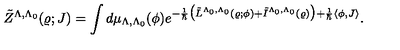
\tilde { Z } ^ { \Lambda , \Lambda _ { 0 } } ( \varrho ; J ) = \int d \mu _ { \Lambda , \Lambda _ { 0 } } ( \phi ) e ^ { - \frac { 1 } { \hbar } \bigl ( \tilde { L } ^ { \Lambda _ { 0 } , \Lambda _ { 0 } } ( \varrho ; \phi ) + \tilde { I } ^ { \Lambda _ { 0 } , \Lambda _ { 0 } } ( \varrho ) \bigr ) + \frac { 1 } { \hbar } \langle \phi , J \rangle } .